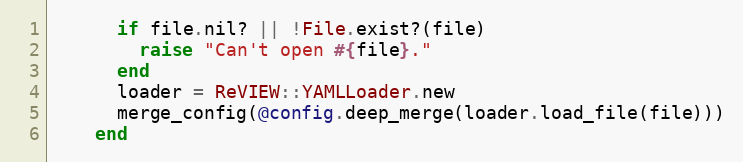
Language: Ruby
      if file.nil? || !File.exist?(file)
        raise "Can't open #{file}."
      end
      loader = ReVIEW::YAMLLoader.new
      merge_config(@config.deep_merge(loader.load_file(file)))
    end